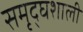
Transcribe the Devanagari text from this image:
समृद्घशाली